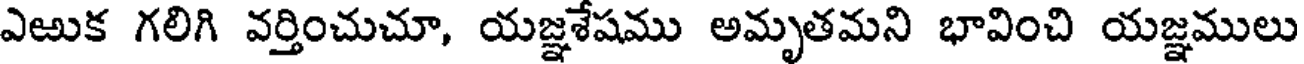
ఎఱుక గలిగి వర్తించుచూ, యజ్ఞశేషము అమృతమని భావించి యజ్ఞములు